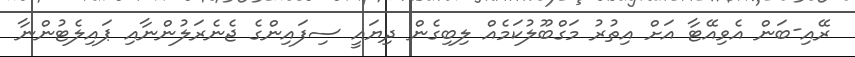
ރޭއި-ބަން އެވިއޭޓާ އަށް އިތުރު މަގްބޫލުކަމެއް ލިބިގެން ދިޔައީ ސިފައިންގެ ޖެނެރަލުންނާއި ޕައިލެޓުންނާ